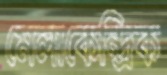
মেলাকেন্দ্রিক